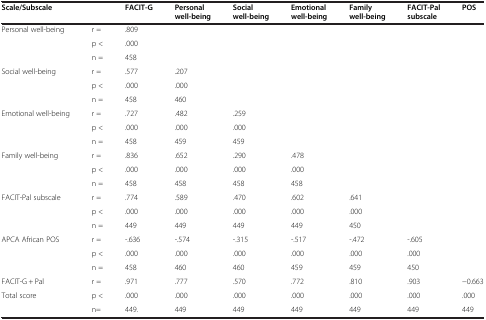
<table><thead><tr><td colspan="2"><b>Scale/Subscale</b></td><td><b>FACIT-G</b></td><td><b>Personal well-being</b></td><td><b>Social well-being</b></td><td><b>Emotional well-being</b></td><td><b>Family well-being</b></td><td><b>FACIT-Pal subscale</b></td><td><b>POS</b></td></tr></thead><tbody><tr><td rowspan="3">Personal well-being</td><td>r =</td><td>.809</td><td> </td><td> </td><td> </td><td> </td><td> </td><td> </td></tr><tr><td>p &lt;</td><td>.000</td><td> </td><td> </td><td> </td><td> </td><td> </td><td> </td></tr><tr><td>n =</td><td>458</td><td> </td><td> </td><td> </td><td> </td><td> </td><td> </td></tr><tr><td rowspan="3">Social well-being</td><td>r =</td><td>.577</td><td>.207</td><td> </td><td> </td><td> </td><td> </td><td> </td></tr><tr><td>p &lt;</td><td>.000</td><td>.000</td><td> </td><td> </td><td> </td><td> </td><td> </td></tr><tr><td>n =</td><td>458</td><td>460</td><td> </td><td> </td><td> </td><td> </td><td> </td></tr><tr><td rowspan="3">Emotional well-being</td><td>r =</td><td>.727</td><td>.482</td><td>.259</td><td> </td><td> </td><td> </td><td> </td></tr><tr><td>p &lt;</td><td>.000</td><td>.000</td><td>.000</td><td> </td><td> </td><td> </td><td> </td></tr><tr><td>n =</td><td>458</td><td>459</td><td>459</td><td> </td><td> </td><td> </td><td> </td></tr><tr><td rowspan="3">Family well-being</td><td>r =</td><td>.836</td><td>.652</td><td>.290</td><td>.478</td><td> </td><td> </td><td> </td></tr><tr><td>p &lt;</td><td>.000</td><td>.000</td><td>.000</td><td>.000</td><td> </td><td> </td><td> </td></tr><tr><td>n =</td><td>458</td><td>458</td><td>458</td><td>458</td><td> </td><td> </td><td> </td></tr><tr><td rowspan="3">FACIT-Pal subscale</td><td>r =</td><td>.774</td><td>.589</td><td>.470</td><td>.602</td><td>.641</td><td> </td><td> </td></tr><tr><td>p &lt;</td><td>.000</td><td>.000</td><td>.000</td><td>.000</td><td>.000</td><td> </td><td> </td></tr><tr><td>n =</td><td>449</td><td>449</td><td>449</td><td>449</td><td>450</td><td> </td><td> </td></tr><tr><td rowspan="3">APCA African POS</td><td>r =</td><td>-.636</td><td>-.574</td><td>-.315</td><td>-.517</td><td>-.472</td><td>-.605</td><td> </td></tr><tr><td>p &lt;</td><td>.000</td><td>.000</td><td>.000</td><td>.000</td><td>.000</td><td>.000</td><td> </td></tr><tr><td>n =</td><td>458</td><td>460</td><td>460</td><td>459</td><td>459</td><td>450</td><td> </td></tr><tr><td>FACIT-G + Pal</td><td>r =</td><td>.971</td><td>.777</td><td>.570</td><td>.772</td><td>.810</td><td>.903</td><td>-0.663</td></tr><tr><td rowspan="2">Total score</td><td>p &lt;</td><td>.000</td><td>.000</td><td>.000</td><td>.000</td><td>.000</td><td>.000</td><td>.000</td></tr><tr><td>n=</td><td>449.</td><td>449</td><td>449</td><td>449</td><td>449</td><td>449</td><td>449</td></tr></tbody></table>